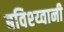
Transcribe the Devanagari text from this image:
बविश्य्वानी